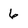
Character: 6